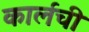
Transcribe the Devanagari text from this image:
कार्लची